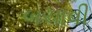
બચાવી